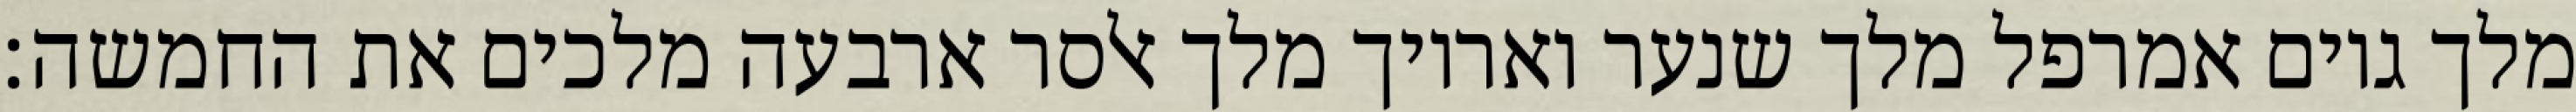
מלך גוים אמרפל מלך שנער ואריוך מלך אלסר ארבעה מלכים את החמשה׃